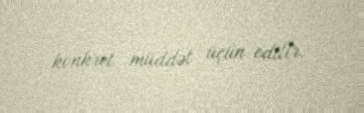
konkret müddət üçün edilir.